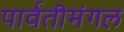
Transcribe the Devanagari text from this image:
पार्वतीमंगल